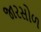
જારસોળ